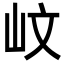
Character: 㞶